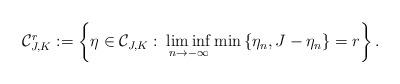
LaTeX: \begin{align*}\mathcal{C}_{J,K}^{r}:=\left\{ \eta \in \mathcal{C}_{J,K}:\:\liminf_{n \to -\infty} \min\left\{ \eta_n,J-\eta_n \right\}=r \right\}.\end{align*}